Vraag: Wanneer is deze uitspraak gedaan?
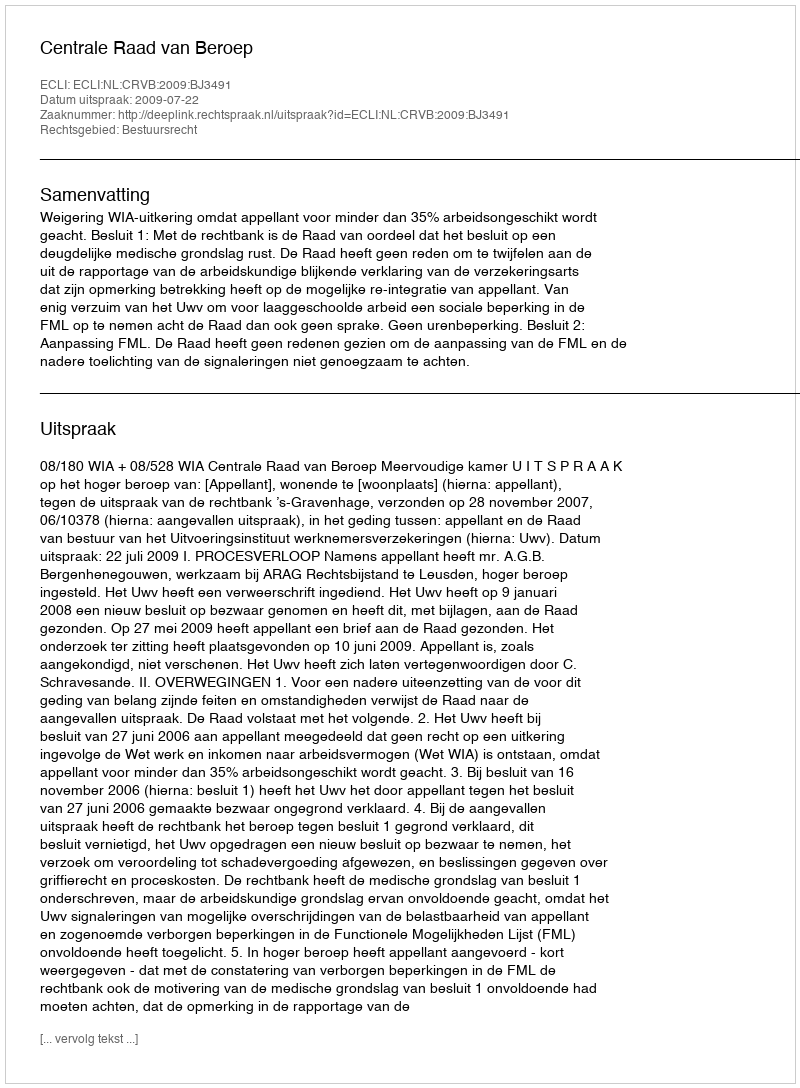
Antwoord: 2009-07-22